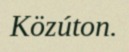
Közúton.